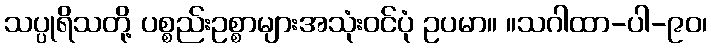
သပ္ပုရိသတို့ ပစ္စည်းဥစ္စာများအသုံးဝင်ပုံ ဥပမာ။ ။သဂါထာ-ပါ-၉၀၊